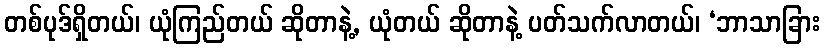
တစ်ပုဒ်ရှိတယ်၊ ယုံကြည်တယ် ဆိုတာနဲ့, ယုံတယ် ဆိုတာနဲ့ ပတ်သက်လာတယ်၊ ‘ဘာသာခြား